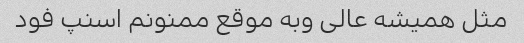
مثل همیشه عالی وبه موقع ممنونم اسنپ فود